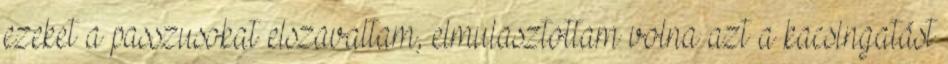
ezeket a passzusokat elszavaltam, elmulasztottam volna azt a kacsingatást